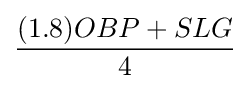
{\frac {{(1.8)OBP}+SLG}{4}}